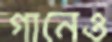
গানেও